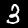
Digit: 3